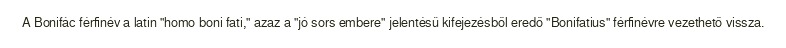
A Bonifác férfinév a latin "homo boni fati," azaz a "jó sors embere" jelentésű kifejezésből eredő "Bonifatius" férfinévre vezethető vissza.